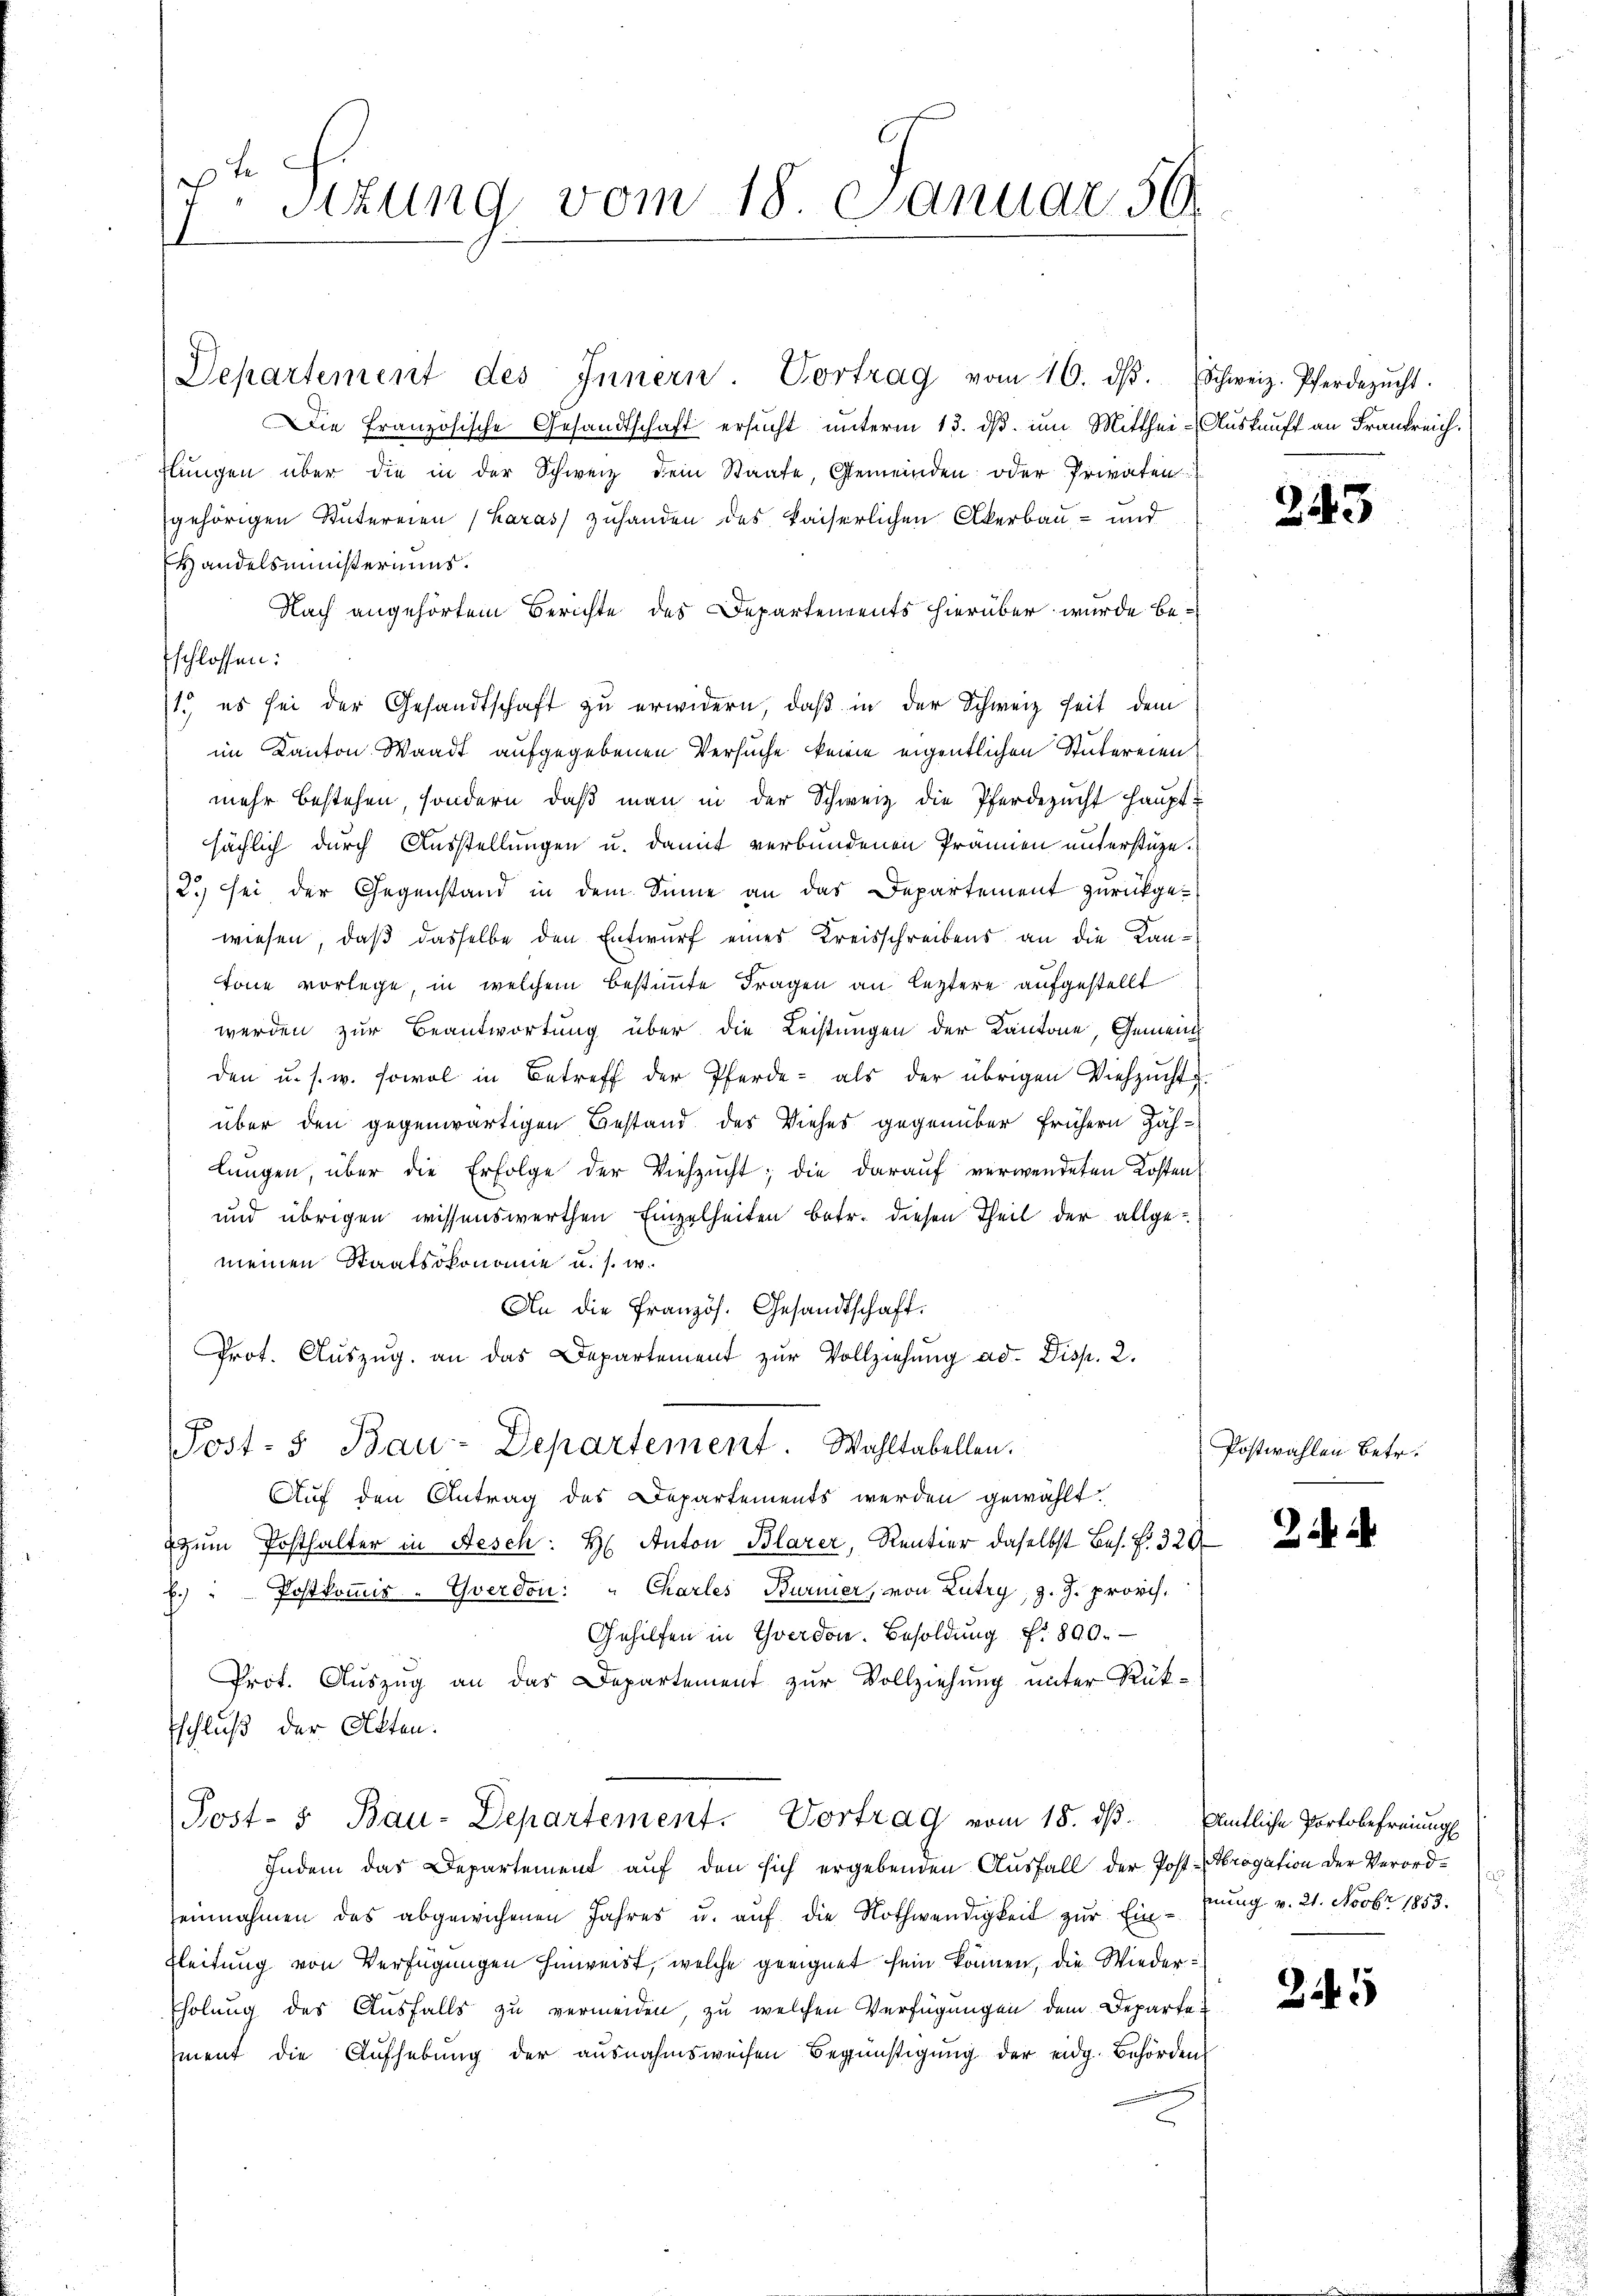
7
sizung vom 18. Januar 50.

Departement des Innern. Vortrag vom 16. dβ. Schweiz. Pferdezŭcht.
Die französische Gesandtschaft ersucht unterm 13. ds. um Mitthei- Auskauft an Frankreich.
flŭngen über die in der Schweiz dem Staate, Gemeinden oder Privaten
gehörigen Sutereien (Haras) zuhanden des kaiserlichen Akerbau- und
Handelsministeriums.
Nach angehörtem Berichte des Departements hierüber wurde befschlossen:
1.) es sei der Gesandtschaft zu erwidern, daß in der Schweiz heit dem
im Kanton Waadt aufgegebenen Versuche keine eigentlichen Stubereien
mehr bestehen, sondern, daβ man in der Schweiz die Pferdezucht haupt-
sächlich durch Ausstellungen u. damit verbundenen Prämien unterstüze.
2.) sei der Gegenstand in dem Sinne an das Departement zurückge-
wiesen, daß dasselbe den Entwurf eines Kreisschreibens an die Kantöne vorlege, in welchem bestimmte Fragen an letztere aufgestellt
werden zur Beantwortung über die Leistungen der Kantone, Gemein
den u. s. w. sowol in Betreff der Pferde- als der übrigen Viehzŭcht
über den gegenwärtigen Bestand des Viehes gegenüber frühern Zählŭngen, über die Erfolge der Viehzŭcht; die daraŭf verwendeten Kosten
und übrigen wissenswerthen Einzelheiten betr. diesen Theil der allgemeinen Staatsökonomie u. s. w.
An die Französ. Gesandtschaft.
Prot. Aŭszŭg. an das Departement zur Vollziehung ad. Disp. 2.
Post- u Bau-Departement. Wahltabellen.
Auf den Antrag des Departements werden gewählt.
zum Posthalter in Aesch: H: Anton Blarer, Rentier daselbst bes. f. 320
E.) " Postkommis - Yverdon: " Charles Burner, von Lutry, z. Z. provis.
Gehilfen in Yverdon. Besoldung f. 890.
Prot. Auszug an das Departement zur Vollziehung unter Rük-
Eschluß der Akten.
Post- & Bau-Departement. Vortrag vom 18. dβ. Amtliche Portobefreiung
Indem das Departement auf den sich ergebenden Ausfall der Post. Brogation der Verordeinnahmen das abgewichenen Jahres u. aŭf die Nothwendigkeit zŭr Ein-Eng v. 21. Novbr 1853.
Eleitung von Verfügungen hinweist, welche geeignet sein können, die Wieder¬
Eholung des Ausfalls zu vermeiden, zu welchen Verfügungen dem Departet
ment die Aufhebung der ausnahmsweisen Begünstigŭng der eidg. Behörden

243

Postwahlen Betr.

2

¬

2